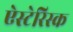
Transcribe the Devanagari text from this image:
ऐस्टेरिस्क